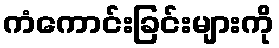
ကံကောင်းခြင်းများကို